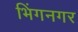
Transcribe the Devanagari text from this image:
भिंगनगर